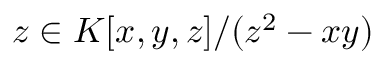
z \in K [ x , y , z ] / ( z ^ { 2 } - x y )